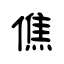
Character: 僬